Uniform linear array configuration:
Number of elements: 48
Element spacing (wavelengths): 0.5
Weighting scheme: hamming
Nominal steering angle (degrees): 15
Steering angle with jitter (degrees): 16.314
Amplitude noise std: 0.05
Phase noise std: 0.05

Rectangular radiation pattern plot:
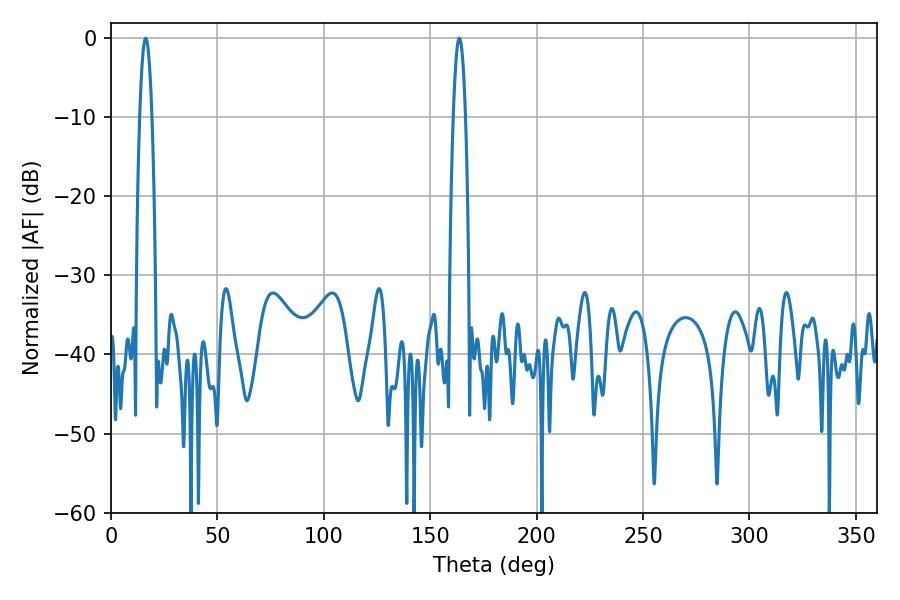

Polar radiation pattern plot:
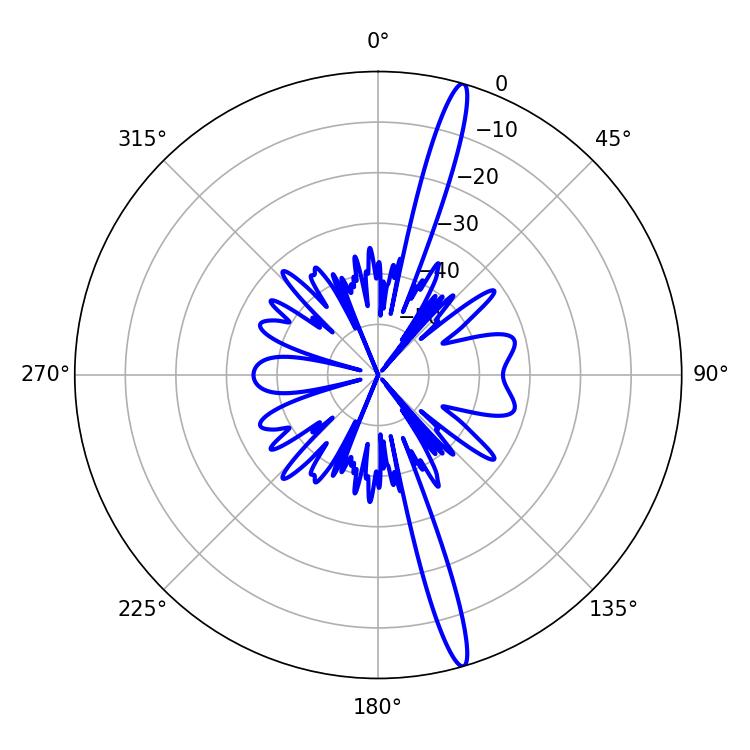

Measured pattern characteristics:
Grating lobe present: FALSE
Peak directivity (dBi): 17.714
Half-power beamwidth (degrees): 3.06
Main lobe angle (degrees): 16.38